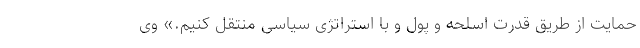
حمایت از طریق قدرت اسلحه و پول و با استراتژی سیاسی منتقل کنیم.» وی